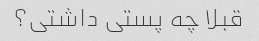
قبلا چه پستی داشتی؟